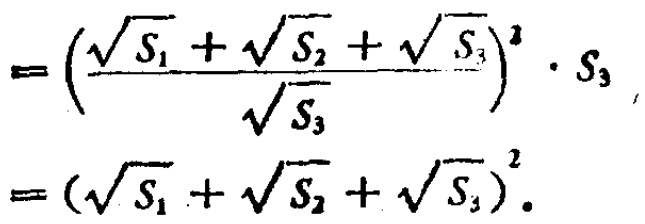
\[

\begin{align*}

&=\left(\frac{\sqrt{S_{1}}+\sqrt{S_{2}}+\sqrt{S_{3}}}{\sqrt{S_{3}}}\right)^{2}\cdot S_{3}\\

&=(\sqrt{S_{1}}+\sqrt{S_{2}}+\sqrt{S_{3}})^{2}.

\end{align*}

\]